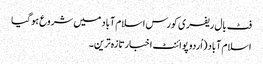
فٹ بال ریفری کورس اسلام آباد میں شروع ہوگیا
اسلام آباد (اُردو پوائنٹ اخبارتازہ ترین۔